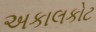
અકાલકોટ